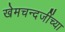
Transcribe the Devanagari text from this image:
खेमचन्दजींच्या